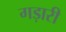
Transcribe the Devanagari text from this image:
गड़ारी